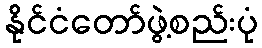
နိုင်ငံတော်ဖွဲ့စည်းပုံ